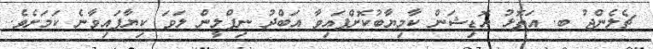
ޗެލެންޖު ބ. އަތޮޅު އޮޑިޝަން ކާމިޔާބުކޮށްފައިވާ އަބްދު ނިފްލީން ލަވަ ކިޔާފައިވާނެ ކަމަށެވެ.